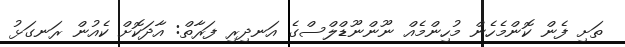
ތަށި ފެން ކޮންމެހެން މުހިންމެއް ނޫންނޫޑްލްސްގެ އަނދިރި ފަރާތް: އާދަކޮށް ކެއުން ރަނގަޅު